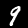
Digit: 9